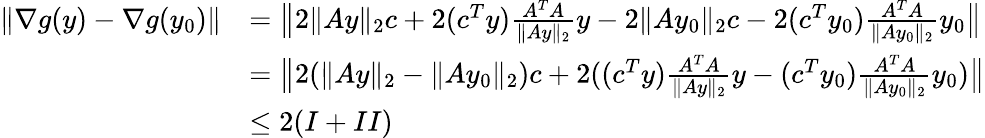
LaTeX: \begin{array}{rl}{\| \nabla g(y)-\nabla g(y_{0})\| }&{=\big\| 2\| Ay\| _{2}c+2(c^{T}y)\frac{A^{T}A}{\| Ay\| _{2}}y-2\| Ay_{0}\| _{2}c-2(c^{T}y_{0})\frac{A^{T}A}{\| Ay_{0}\| _{2}}y_{0}\big\| }\\ &{=\big\| 2(\| Ay\| _{2}-\| Ay_{0}\| _{2})c+2((c^{T}y)\frac{A^{T}A}{\| Ay\| _{2}}y-(c^{T}y_{0})\frac{A^{T}A}{\| Ay_{0}\| _{2}}y_{0})\big\| }\\ &{\leq 2(I+II)}\end{array}